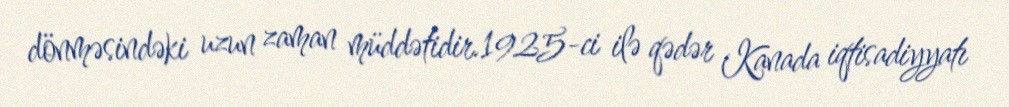
dönməsindəki uzun zaman müddətidir.1925-ci ilə qədər Kanada iqtisadiyyatı